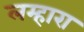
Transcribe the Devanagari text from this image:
लम्हारा